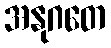
အနုဂတေ